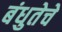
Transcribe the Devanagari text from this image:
बंधुतेचे